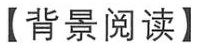
【背景阅读】